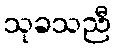
သုခသညီ